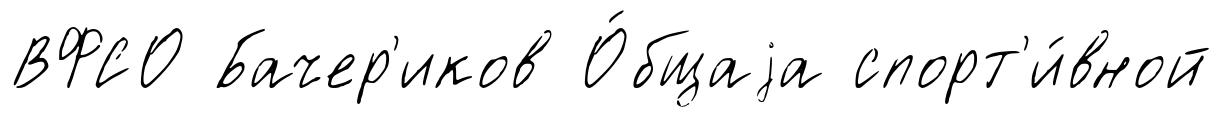
ВФСО Бачер'иков О́бщаjа спорт'и́вной